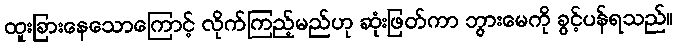
ထူးခြားနေသောကြောင့် လိုက်ကြည့်မည်ဟု ဆုံးဖြတ်ကာ ဘွားမေကို ခွင့်ပန်ရသည်။